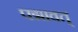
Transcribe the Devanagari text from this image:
पद्मावत्